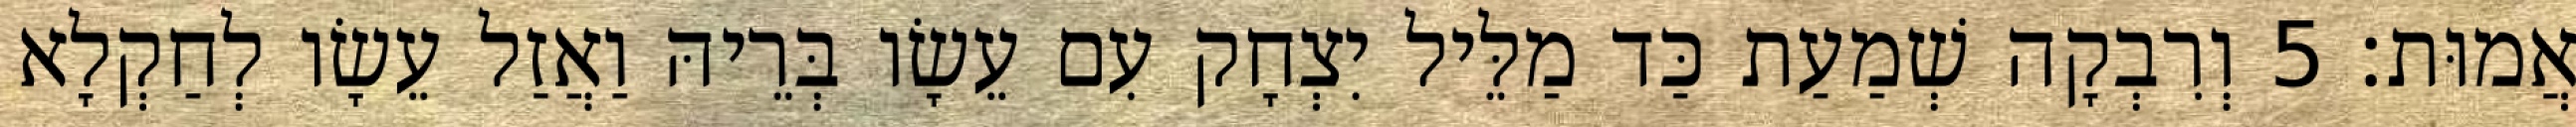
אֲמוּת׃ 5 וְרִבְקָה שְׁמַעַת כַּד מַלֵּיל יִצְחָק עִם עֵשָׂו בְּרֵיהּ וַאֲזַל עֵשָׂו לְחַקְלָא